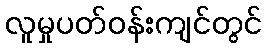
လူမှုပတ်ဝန်းကျင်တွင်